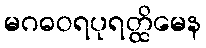
မဂဓဝရပုရတ္ထိမေန